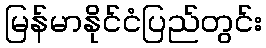
မြန်မာနိုင်ငံပြည်တွင်း